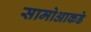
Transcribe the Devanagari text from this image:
सामोआकडे